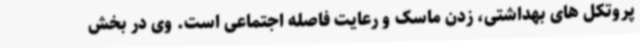
پروتکل های بهداشتی، زدن ماسک و رعایت فاصله اجتماعی است. وی در بخش